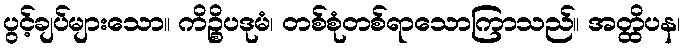
ပွင့်ချပ်များသော။ ကိဉ္စိပဒုမံ၊ တစ်စုံတစ်ရာသောကြာသည်။ အတ္ထိပန၊